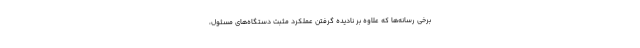
برخی رسانه‌ها که علاوه بر نادیده گرفتن عملکرد مثبت دستگاه‌های مسئول،